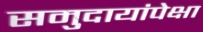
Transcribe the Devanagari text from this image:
समुदायांपेक्षा